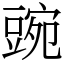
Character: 豌